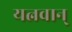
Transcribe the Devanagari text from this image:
यत्नवान्